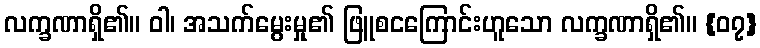
လက္ခဏာရှိ၏။ ဝါ၊ အသက်မွေးမှု၏ ဖြူစငကြောင်းဟူသော လက္ခဏာရှိ၏။ {၀၇}